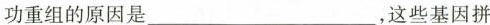
功重组的原因是___，这些基因拼